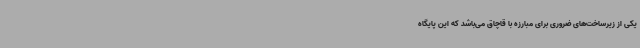
یکی از زیرساخت‌های ضروری برای مبارزه با قاچاق می‌باشد که این پایگاه